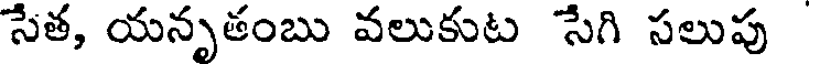
సేత, యనృతంబు వలుకుట సేగి సలుపు